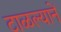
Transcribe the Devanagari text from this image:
टाळल्यानें